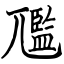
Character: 尶